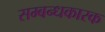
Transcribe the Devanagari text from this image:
सम्बन्धकारक